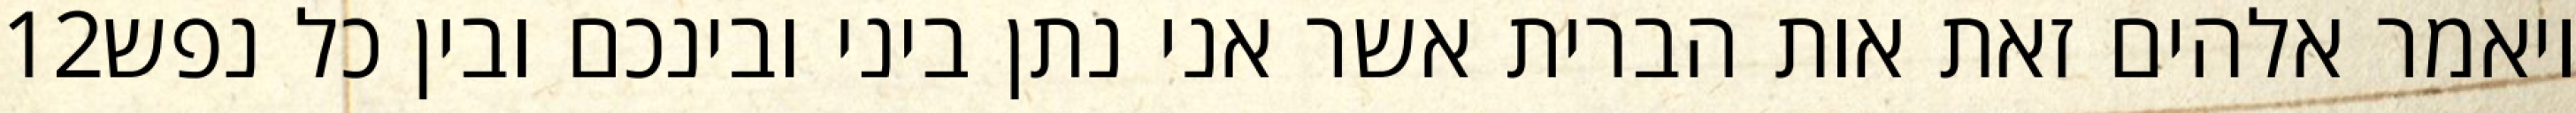
‎12‏ ויאמר אלהים זאת אות הברית אשר אני נתן ביני ובינכם ובין כל נפש